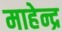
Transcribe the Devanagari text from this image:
माहेन्द्र